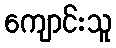
ကျောင်းသူ